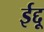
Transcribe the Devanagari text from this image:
ईद्दू